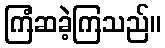
ကြံဆခဲ့ကြသည်။